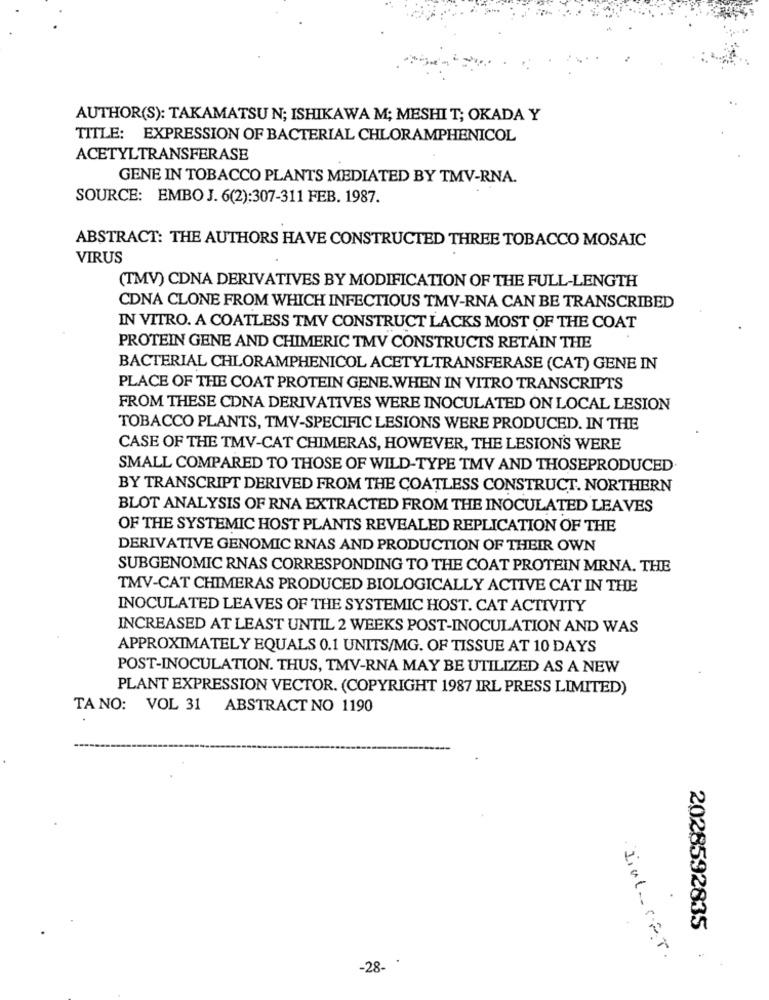
AUTHOR(S): TAKAMATSU N; ISHIKAWA M; MESHI T; OKADA Y
TITLE: EXPRESSION OF BACTERIAL CHLORAMPHENICOL
ACETYLTRANSFERASE
GENE IN TOBACCO PLANTS MEDIATED BY TMV-RNA.
SOURCE: EMBO J. 6(2):307-311 FEB. 1987.
ABSTRACT: THE AUTHORS HAVE CONSTRUCTED THREE TOBACCO MOSAIC
VIRUS
(TMV) CDNA DERIVATIVES BY MODIFICATION OF THE FULL-LENGTH
CDNA CLONE FROM WHICH INFECTIOUS TMV-RNA CAN BE TRANSCRIBED
IN VITRO. A COATLESS TMV CONSTRUCT LACKS MOST OF THE COAT
PROTEIN GENE AND CHIMERIC TMV CONSTRUCTS RETAIN THE
BACTERIAL CHLORAMPHENICOL ACETYLTRANSFERASE (CAT) GENE IN
PLACE OF THE COAT PROTEIN GENE. WHEN IN VITRO TRANSCRIPTS
FROM THESE CDNA DERIVATIVES WERE INOCULATED ON LOCAL LESION
TOBACCO PLANTS, TMV-SPECIFIC LESIONS WERE PRODUCED. IN THE
CASE OF THE TMV-CAT CHIMERAS, HOWEVER, THE LESION'S WERE
SMALL COMPARED TO THOSE OF WILD-TYPE TMV AND THOSEPRODUCED
BY TRANSCRIPT DERIVED FROM THE COATLESS CONSTRUCT. NORTHERN
BLOT ANALYSIS OF RNA EXTRACTED FROM THE INOCULATED LEAVES
OF THE SYSTEMIC HOST PLANTS REVEALED REPLICATION OF THE
DERIVATIVE GENOMIC RNAS AND PRODUCTION OF THEIR OWN
SUBGENOMIC RNAS CORRESPONDING TO THE COAT PROTEIN MRNA. THE
TMV-CAT CHIMERAS PRODUCED BIOLOGICALLY ACTIVE CAT IN THE
INOCULATED LEAVES OF THE SYSTEMIC HOST. CAT ACTIVITY
INCREASED AT LEAST UNTIL 2 WEEKS POST-INOCULATION AND WAS
APPROXIMATELY EQUALS 0.1 UNITS/MG. OF TISSUE AT 10 DAYS
POST-INOCULATION. THUS, TMV-RNA MAY BE UTILIZED AS A NEW
PLANT EXPRESSION VECTOR. (COPYRIGHT 1987 IRL PRESS LIMITED)
TA NO: VOL 31 ABSTRACT NO 1190
2028592835
-28. .